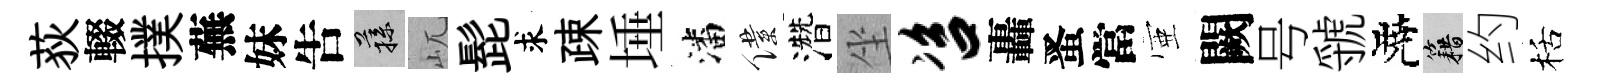
荻輟撲蕪妹吿蓀屼髭求疎埵潘僕濳坐咨轟󱉠當壺闕号虢曉籍约栝